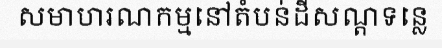
សមាហរណកម្មនៅតំបន់ដីសណ្តទន្លេ